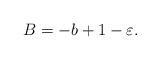
LaTeX: \begin{align*} B = -b+1-\varepsilon.\end{align*}